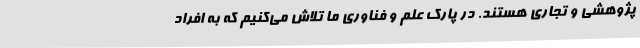
پژوهشی و تجاری هستند. در پارک علم و فناوری ما تلاش می‌کنیم که به افراد